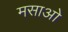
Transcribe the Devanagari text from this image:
मसाओ